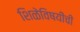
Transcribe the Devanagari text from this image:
शिळेविषयीची